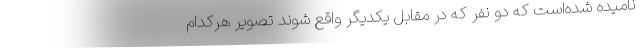
نامیده شده‌است که دو نفر که در مقابل یکدیگر واقع شوند تصویر هرکدام